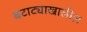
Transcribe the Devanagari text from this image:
बटाट्याखालील